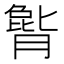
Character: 𪱫